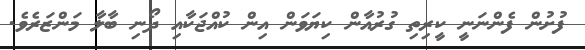
ފުށުން ފެންނަނީ ކީރިތި ގުރުއާން ކިޔަވަން އިން ކުއްޖަކާއި ދޯނި ބާލާ މަންޒަރެވެ.